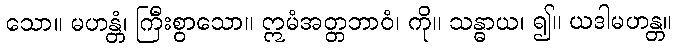
သော။ မဟန္တံ၊ ကြီးစွာသော။ ဣမံအတ္တဘာဝံ၊ ကို။ သန္ဓာယ၊ ၍။ ယဒါမဟန္တ။